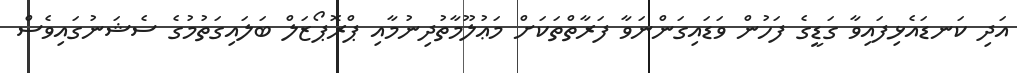
އަދި ކަނޑައެޅިފައިވާ ގަޑީގެ ފަހުން ވަޑައިގަންނަވާ ފަރާތްތަކަށް މަޢުލޫމާތުދިނުމާއި ޕްރޮޕޯޒަލް ބަލައިގަތުމުގެ ސެޝަނުގައިވެސް